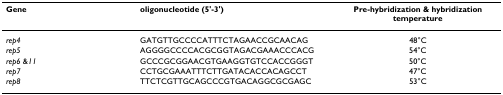
<table><thead><tr><td><b>Gene</b></td><td><b>oligonucleotide (5&#x27;-3&#x27;)</b></td><td><b>Pre-hybridization &amp; hybridization temperature</b></td></tr></thead><tbody><tr><td><i>rep4</i></td><td>GATGTTGCCCCATTTCTAGAACCGCAACAG</td><td>48°C</td></tr><tr><td><i>rep5</i></td><td>AGGGGCCCCACGCGGTAGACGAAACCCACG</td><td>54°C</td></tr><tr><td><i>rep6 </i>&amp;<i>11</i></td><td>GCCCGCGGAACGTGAAGGTGTCCACCGGGT</td><td>50°C</td></tr><tr><td><i>rep7</i></td><td>CCTGCGAAATTTCTTGATACACCACAGCCT</td><td>47°C</td></tr><tr><td><i>rep8</i></td><td>TTCTCGTTGCAGCCCGTGACAGGCGCGAGC</td><td>53°C</td></tr></tbody></table>